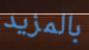
بالمزيد